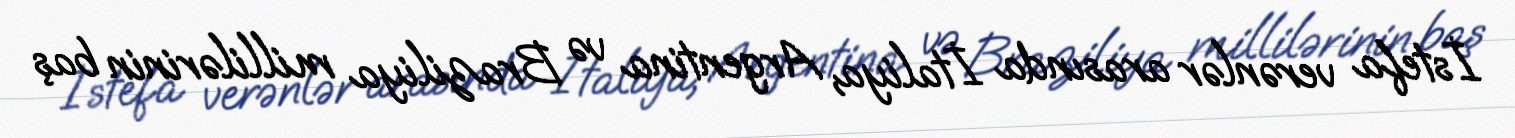
İstefa verənlər arasında İtaliya, Argentina və Braziliya millilərinin baş